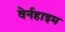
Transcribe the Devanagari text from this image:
वेर्नहाइम